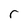
Character: r